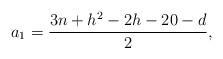
LaTeX: \begin{align*}a_1=\frac{3n+h^2-2h-20-d}{2},\end{align*}